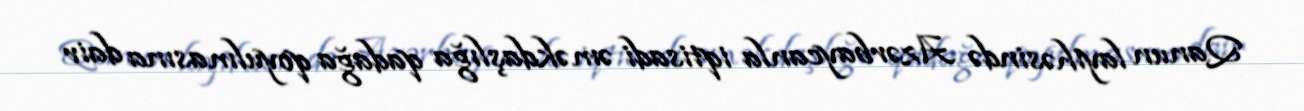
Qanun layihəsində Azərbaycanla iqtisadi əməkdaşlığa qadağa qoyulmasına dair